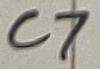
Text: C7